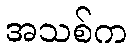
အသစ်က